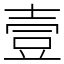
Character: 壹